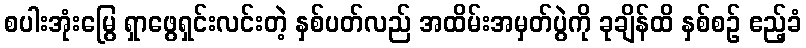
စပါးအုံးမြွေ ရှာဖွေရှင်းလင်းတဲ့ နှစ်ပတ်လည် အထိမ်းအမှတ်ပွဲကို ခုချိန်ထိ နှစ်စဉ် ဧည့်ခံ